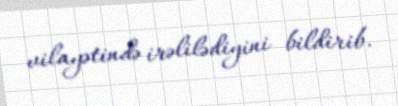
vilayətində irəlilədiyini bildirib.